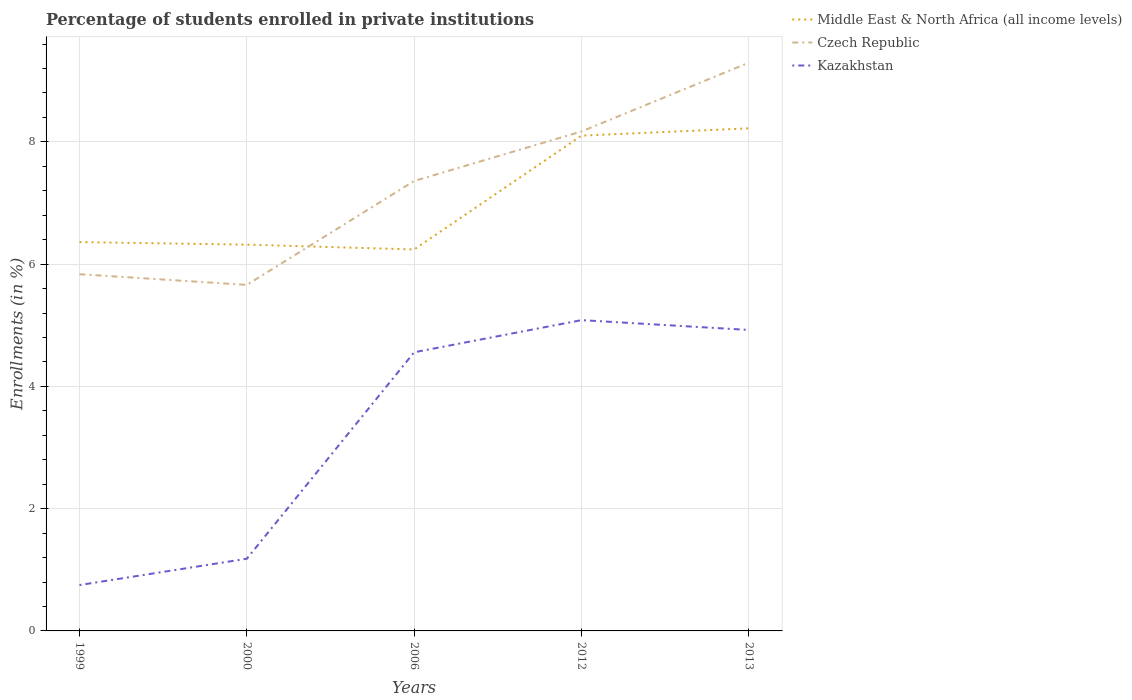
| Years | Middle East & North Africa (all income levels) | Czech Republic | Kazakhstan |
 | --- | --- | --- | --- |
 | 1999 | 6.36 | 5.83 | 0.75 |
 | 2000 | 6.32 | 5.66 | 1.18 |
 | 2006 | 6.24 | 7.36 | 4.56 |
 | 2012 | 8.1 | 8.17 | 5.08 |
 | 2013 | 8.22 | 9.29 | 4.92 |